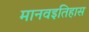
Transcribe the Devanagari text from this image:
मानवइतिहास